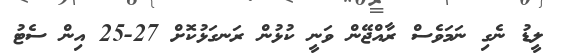
ލީޑު ނެގި ނަމަވެސް ރާއްޖޭން ވަނީ ކުޅުން ރަނގަޅުކޮށް 27-25 އިން ސެޓު